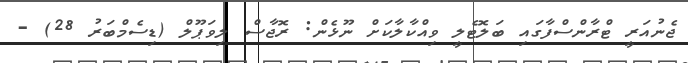
ޖެނުއަރީ ޓްރާންސްފާގައި ބަލޮޓެލީ ވިއްކާލާކަށް ނޫޅެން: ރޮޖާސް ލިވަޕޫލް (ޑިސެމްބަރު 28) -